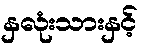
နှလုံးသားနှင့်